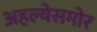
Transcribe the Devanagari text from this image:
अहल्येसमोर